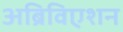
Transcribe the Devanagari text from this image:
अब्रिविएशन